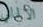
الالماني